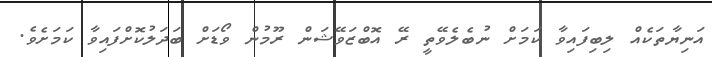
އަނިޔާތަކެއް ލިބިފައިވާ ކަމަށް ނުބެލެވޭތީ ރޭ އޮބްޒަވޭޝަން ރޫމުން ވޯޑަށް ބަދަލުކޮށްފައިވާ ކަމަށެވެ.